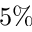
5 \%